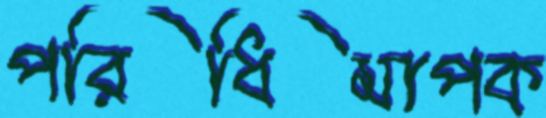
পরিধিমাপক